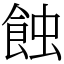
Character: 蝕